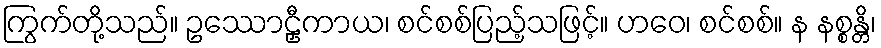
ကြွက်တို့သည်။ ဥဿောဠှီကာယ၊ စင်စစ်ပြည့်သဖြင့်။ ဟဝေ၊ စင်စစ်။ န နစ္စန္တိ၊